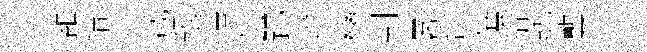
雒猜急哉甑湋螢踢燈彎判畧哲䕃拾聴龔